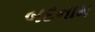
બદનામ